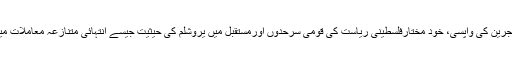
دونوں رہنما اپنے اپنے وفود کی مدد سے فلسطینی مہاجرین کی واپسی، خود مختارفلسطینی ریاست کی قومی سرحدوں اورمستقبل میں یروشلم کی حیثیت جیسے انتہائی متنازعہ معاملات میں کسی اتفاق رائے تک پہنچنے کی کوشش کریں گے۔